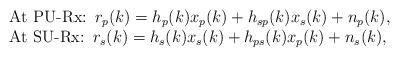
LaTeX: \begin{align*}\begin{array}{lcl} \mbox{At PU-Rx:} \,\,\, r_{p}(k) = h_{p}(k) x_{p}(k) + h_{sp}(k) x_{s}(k) + n_{p}(k),\\ \mbox{At SU-Rx:} \,\,\, r_{s}(k) = h_{s}(k) x_{s}(k) + h_{ps}(k) x_{p}(k) + n_{s}(k), \end{array}\end{align*}